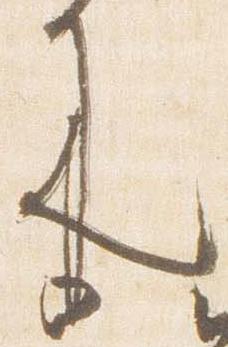
来